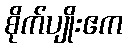
စိုက်ပျိုးဧက